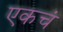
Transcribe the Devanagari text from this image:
एकचं